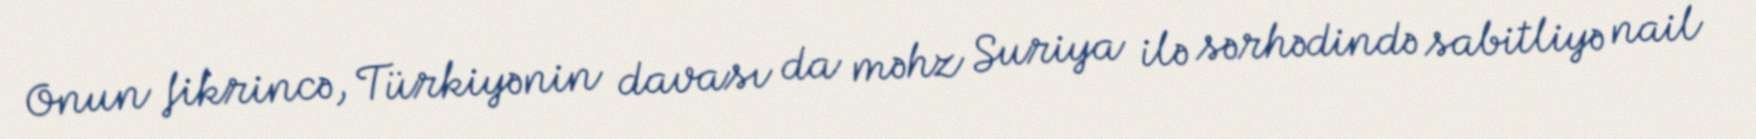
Onun fikrincə, Türkiyənin davası da məhz Suriya ilə sərhədində sabitliyə nail